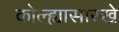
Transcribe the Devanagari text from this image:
कोल्ह्यासारखे